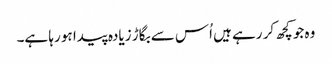
وہ جو کچھ کر رہے ہیں اُس سے بگاڑ زیادہ پیدا ہو رہا ہے۔